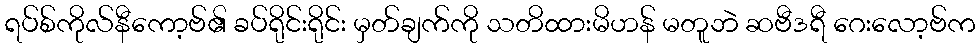
ရပ်စ်ကိုလ်နီကော့ဗ်၏ ခပ်ရိုင်းရိုင်း မှတ်ချက်ကို သတိထားမိဟန် မတူဘဲ ဆဗီဒရီ ဂေးလော့ဗ်က